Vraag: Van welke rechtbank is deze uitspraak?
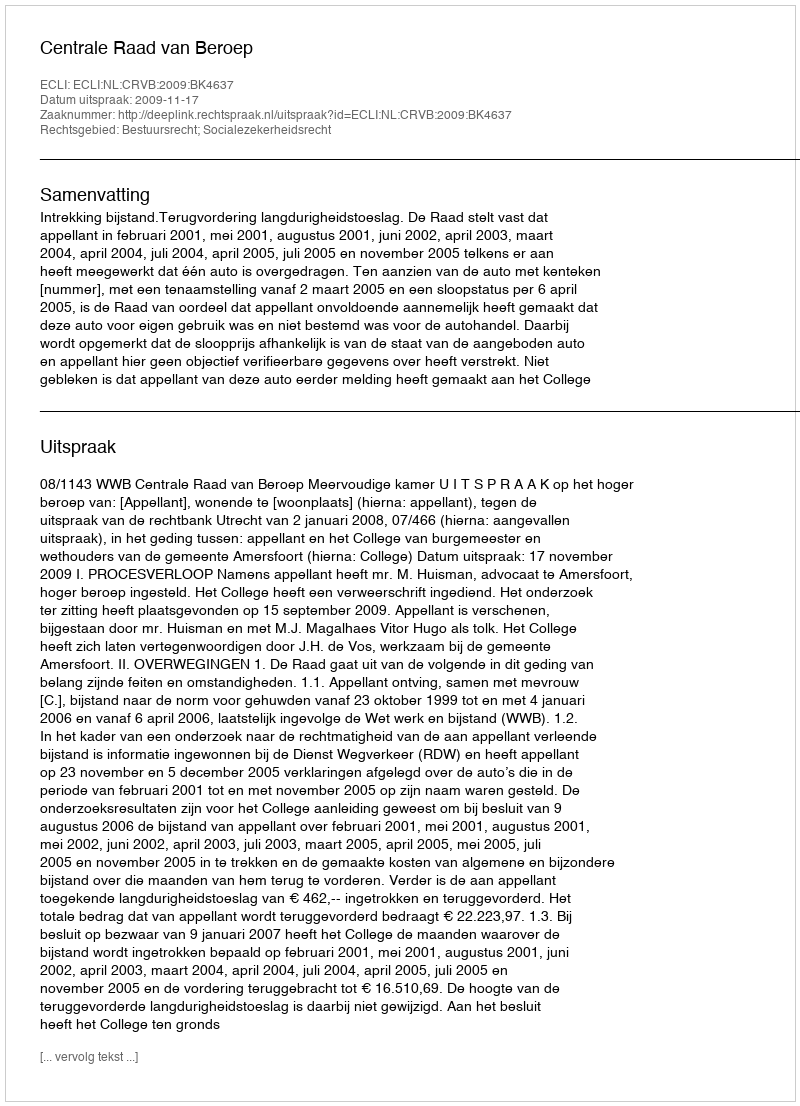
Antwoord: Centrale Raad van Beroep